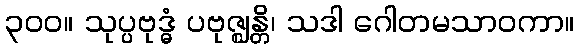
၃၀၀။ သုပ္ပဗုဒ္ဓံ ပဗုဇ္ဈန္တိ၊ သဒါ ဂေါတမသာဝကာ။